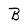
Character: B